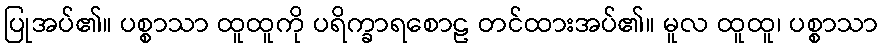
ပြုအပ်၏။ ပစ္စာသာ ထူထူကို ပရိက္ခာရစောဠ တင်ထားအပ်၏။ မူလ ထူထူ၊ ပစ္စာသာ